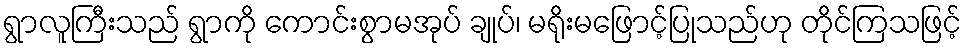
ရွာလူကြီးသည် ရွာကို ကောင်းစွာမအုပ် ချုပ်၊ မရိုးမဖြောင့်ပြုသည်ဟု တိုင်ကြသဖြင့်